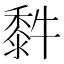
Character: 䵓